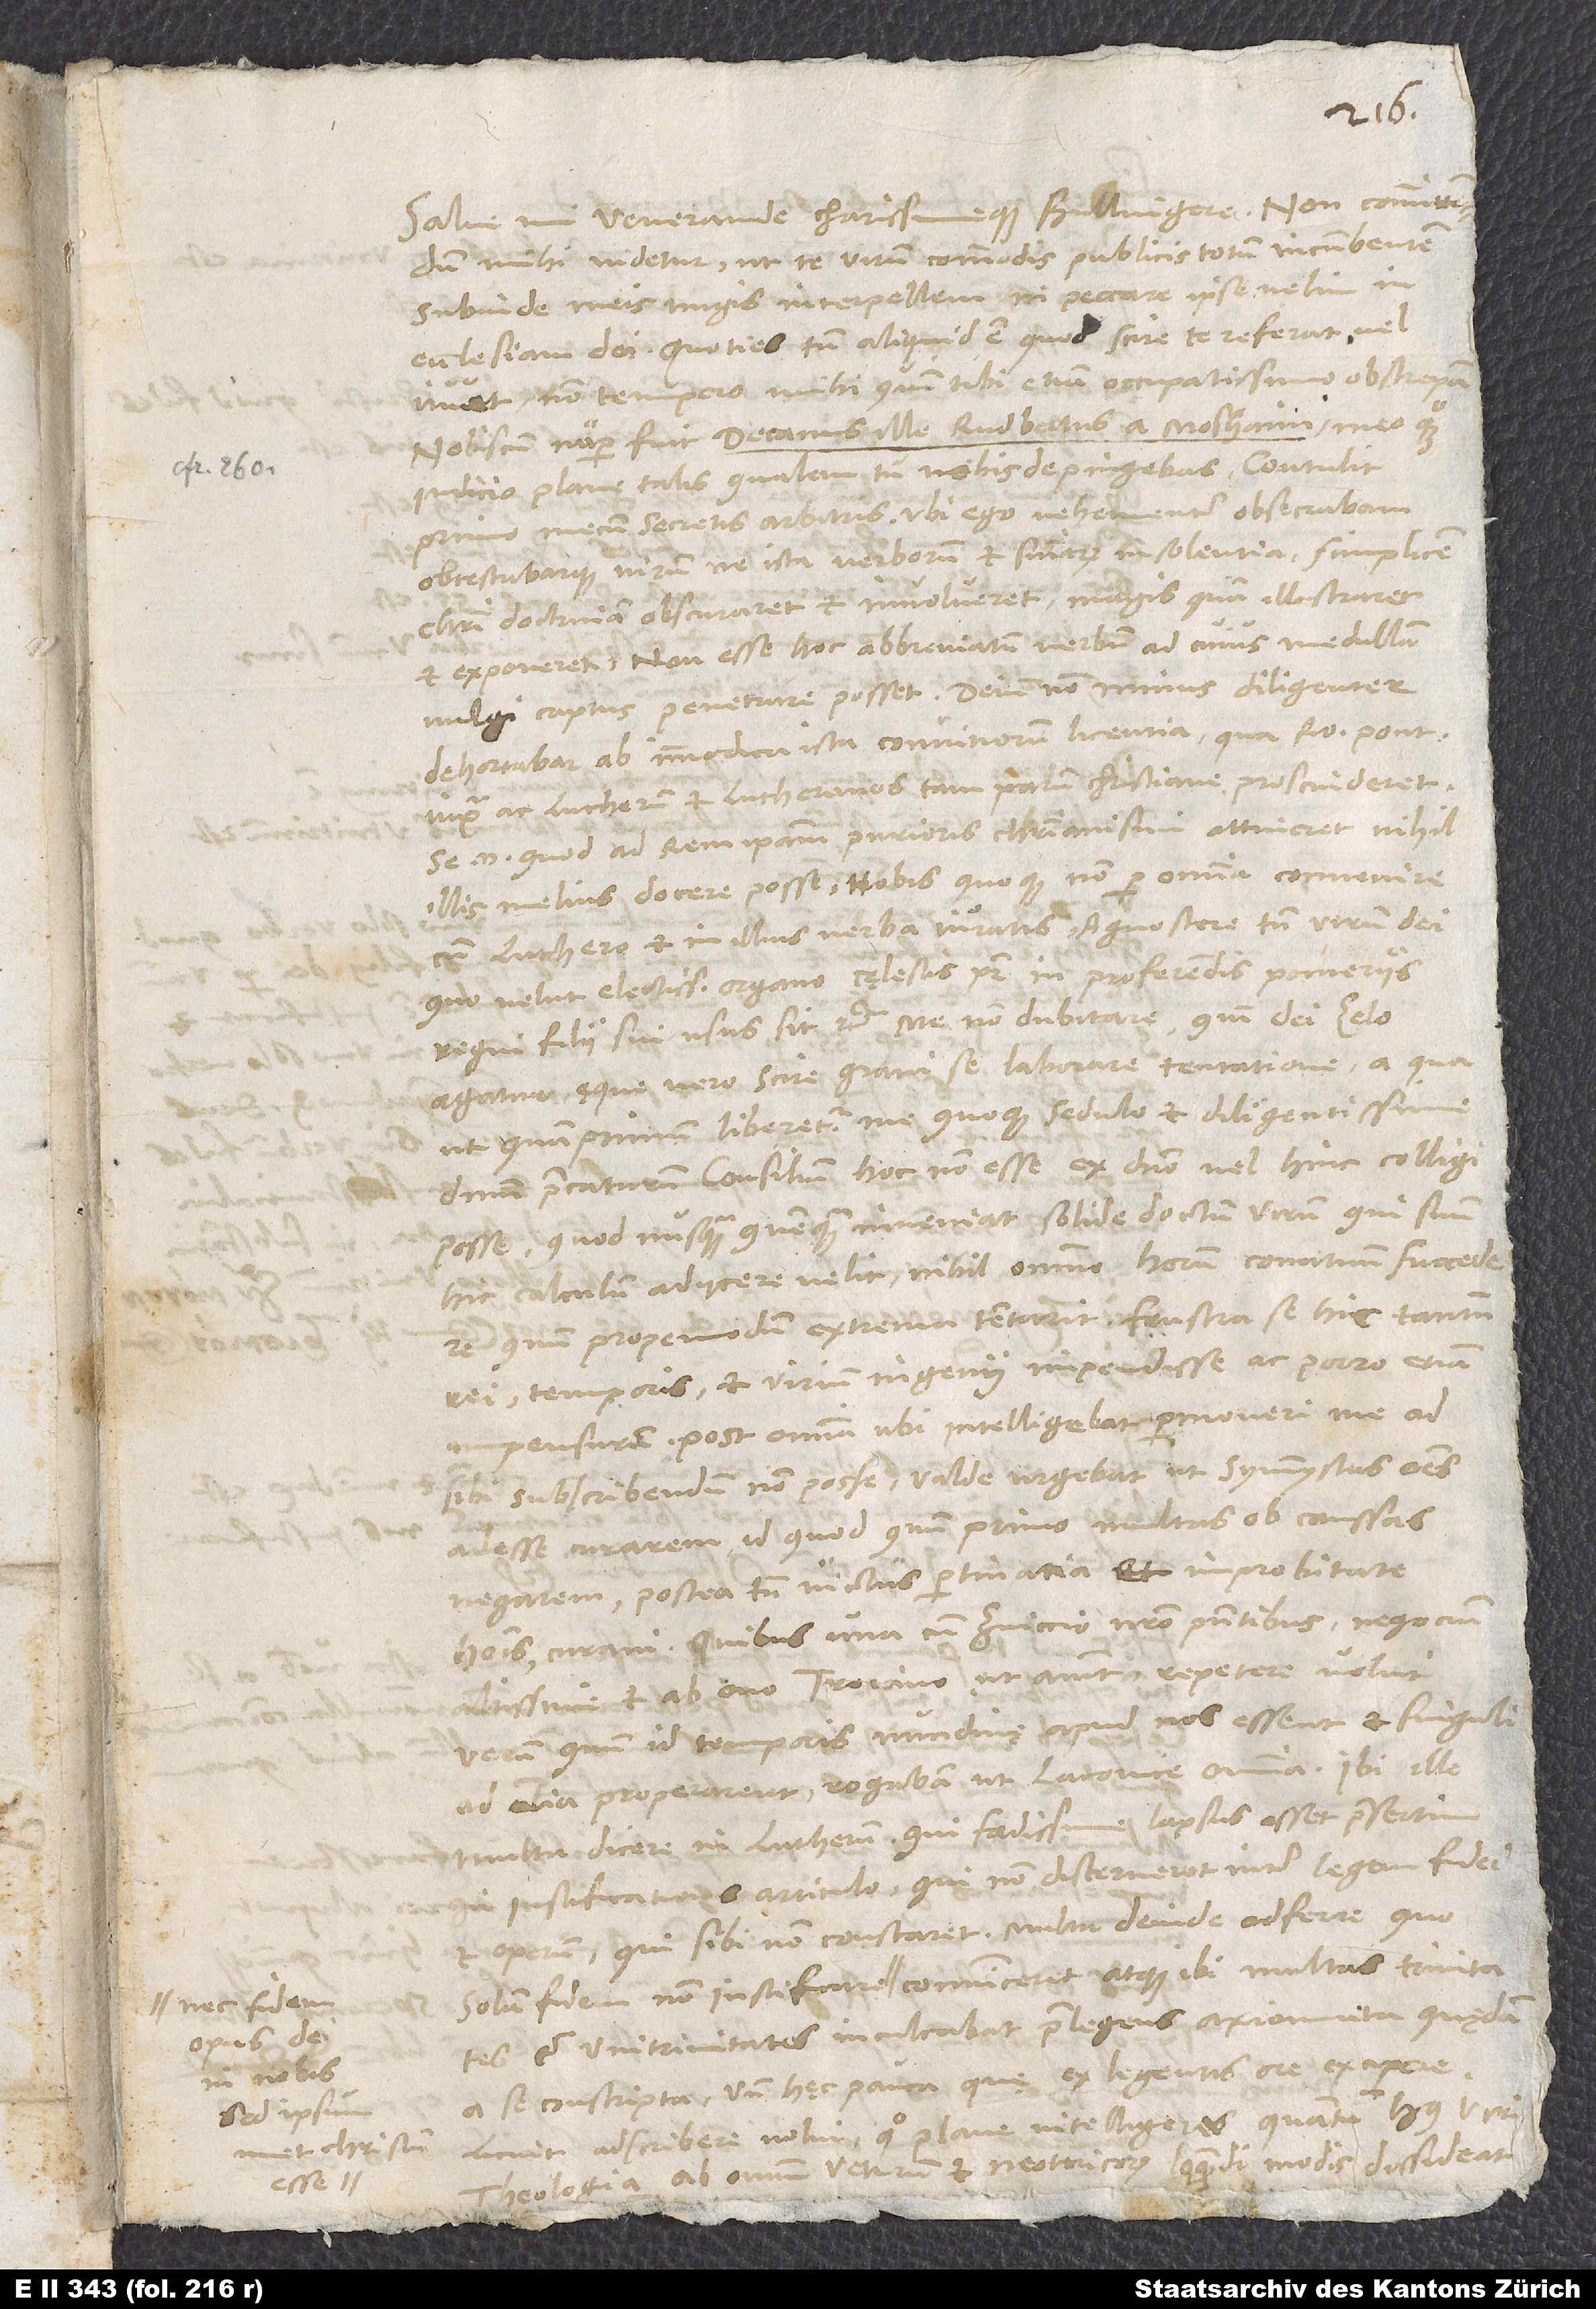
nec fidem
in nobis,

6.
Salve, mi venerande charissimeque Bullingere.
mihi videtur, ut te, virum commodis publicis totum incumbentem,
subinde meis nugis interpellem, ni peccare ipse velim in
ecclesiam dei. Quoties tamen aliquid est, quod scire te referat vel
iuvet, non tempero mihi, quin tibi etiam occupatissimo obstrepam.
Nobiscum nuper fuit decanus ille Rudbertus a Moshaim meo quoque
iudicio plane talis, qualem tu nobis depingebas. Contulit
primo mecum secretis arbitris, ubi ego vehementer obsecrabam
obtestabarque virum, ne ista verborum et sententiarum insolentia simplicem
Christi doctrinam obscuraret et involveret magis quam illustraret
et exponeret; non esse hoc abbreviatum verbum, ad cuius medullam
dehortabar ab immodica ista convitiorum licentia, qua Romanum pontificem
iuxta ac Lutherum et Lutheranos tam parum christiane proscinderet;
se enim, quod ad rem ipsam purioris christianismi attineret, nihil
illis melius docere posse; nobis quoque non per omnia convenire
Luthero et in illius verba iuratis; agnoscere tamen virum dei,
quo velut electissimo organo cęlestis pater in proferendis pomeriis
regni filii sui usus sit etc. Me non dubitare, quin dei zelo
agatur, ęque vero scire gravi se laborare tentatione, a qua
ut quam primum liberetur, me quoque sedulo et diligentissime
dominum precaturum. Consilium hoc non esse ex domino vel hinc colligi
posse, quod nusquam quemquam inveniat solide doctum virum, qui suum
hic calculum adiicere velit; nihil omnino horum conatuum succedere,
quum propemodum extrema tentarit; frustra se hic tantum
rei, temporis et virium ingenii impendisse ac porro etiam
sibi subscribendum non posse, valde urgebat, ut symmystas omnes
adesse curarem, id quod quum primo multas ob caussas
negarem, postea tamen victus pertinacia et improbitate
hominis curavi. Quibus una cum Zviccio nostro praesentibus negocium
altissime et ab ovo Troiano, ut aiunt, repetere voluit;
verum quum id temporis nundinę apud nos essent et singuli
ad alia properarent, rogabam, ut Laconice omnia. Ibi ille
multa dicere in Lutherum, qui foedissime lapsus esset, praesertim
iustificationis articulo, qui non discerneret inter legem fidei
operum, qui sibi non constaret; multa deinde adferre, quo
et unitrinitates inculcabat praelegens axiomata quędam
a se conscripta, unde hęc pauca, quę ex legentis ore excipere
licuit, adscribere volui, quo plane intelligeres, quantum huius viri
theologia ab omnium veterum et neotericorum loquendi modis dissideat:„Fides